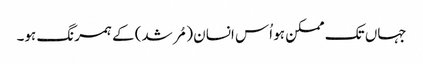
جہاں تک ممکن ہو اُس انسان (مُرشد) کے ہمرنگ ہو۔